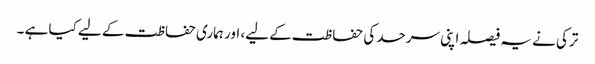
ترکی نے یہ فیصلہ اپنی سرحد کی حفاظت کے لیے، اور ہماری حفاظت کے لیے کیا ہے ۔